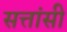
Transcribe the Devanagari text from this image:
सत्तांसी